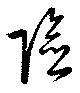
險